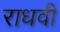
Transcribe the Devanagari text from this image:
राधवी